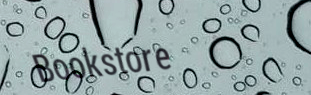
Bookstore